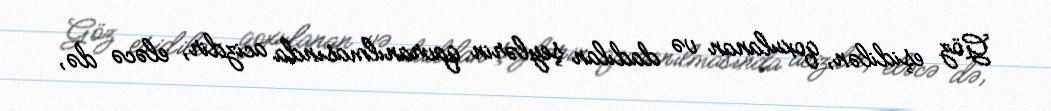
Göz eşidilən, qoxulanan və dadılan şeylərin qavranılmasında acizdir, eləcə də,